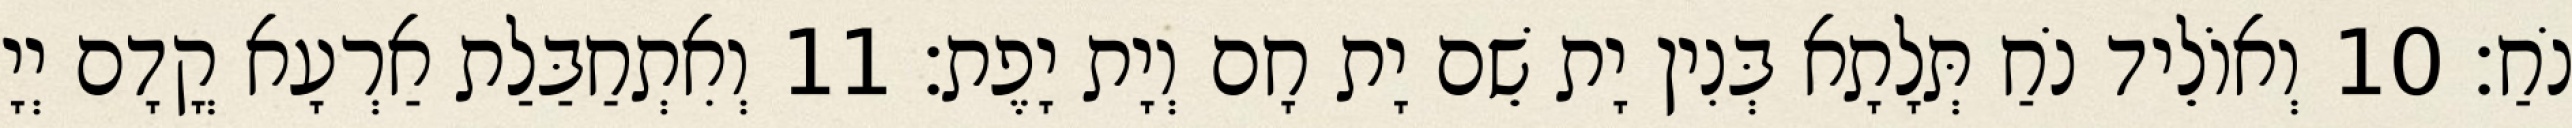
נֹחַ׃ 10 וְאוֹלֵיד נֹחַ תְּלָתָא בְּנִין יָת שֵׁם יָת חָם וְיָת יָפֶת׃ 11 וְאִתְחַבַּלַת אַרְעָא קֳדָם יְיָ